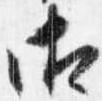
御